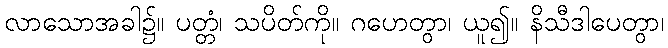
လာသောအခါ၌။ ပတ္တံ၊ သပိတ်ကို။ ဂဟေတွာ၊ ယူ၍။ နိသီဒါပေတွာ၊